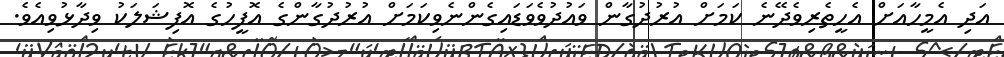
އަދި އެމީހާއަށް އެހީތެރިވެދޭނެ ކަމަށް އުރުދުގާން ވައުދުވެވަޑައިގެންނެވިކަމަށް އުރުދުގާންގެ އޮފީހުގެ އޮފިޝަލަކު ވިދާޅުވިއެވެ.